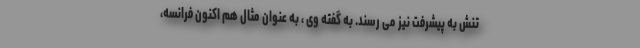
تنش به پیشرفت نیز می رسند. به گفته وی ، به عنوان مثال هم اکنون فرانسه،